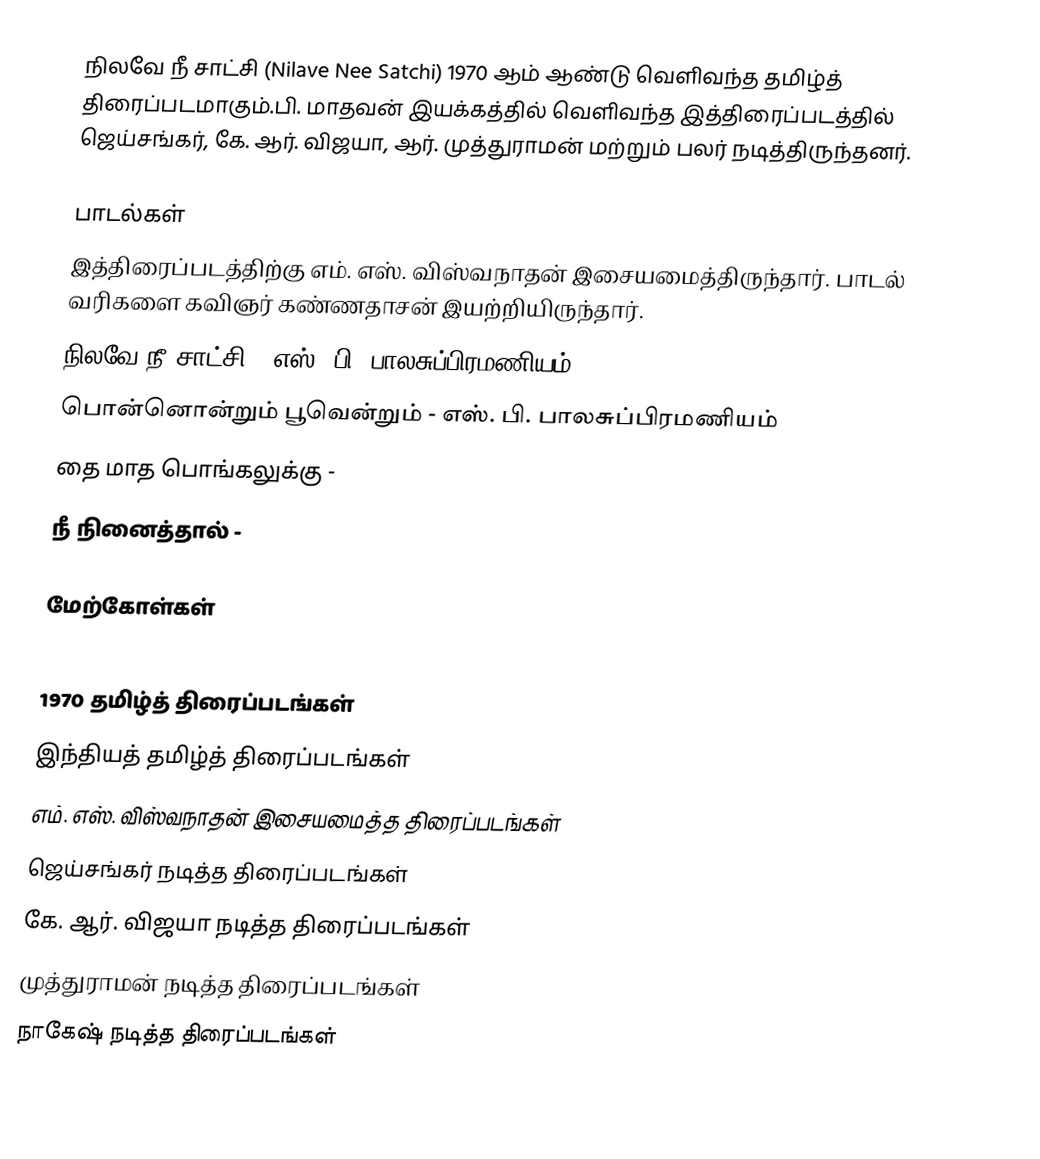
நிலவே நீ சாட்சி (Nilave Nee Satchi) 1970 ஆம் ஆண்டு வெளிவந்த தமிழ்த் திரைப்படமாகும்.பி. மாதவன் இயக்கத்தில் வெளிவந்த இத்திரைப்படத்தில் ஜெய்சங்கர், கே. ஆர். விஜயா, ஆர். முத்துராமன் மற்றும் பலர் நடித்திருந்தனர்.

பாடல்கள்
இத்திரைப்படத்திற்கு எம். எஸ். விஸ்வநாதன் இசையமைத்திருந்தார். பாடல் வரிகளை கவிஞர் கண்ணதாசன் இயற்றியிருந்தார்.
 நிலவே நீ சாட்சி - எஸ். பி. பாலசுப்பிரமணியம்
 பொன்னொன்றும் பூவென்றும் - எஸ். பி. பாலசுப்பிரமணியம்
 தை மாத பொங்கலுக்கு -
 நீ நினைத்தால் -

மேற்கோள்கள்

1970 தமிழ்த் திரைப்படங்கள்
இந்தியத் தமிழ்த் திரைப்படங்கள்
எம். எஸ். விஸ்வநாதன் இசையமைத்த திரைப்படங்கள்
ஜெய்சங்கர் நடித்த திரைப்படங்கள்
கே. ஆர். விஜயா நடித்த திரைப்படங்கள்
முத்துராமன் நடித்த திரைப்படங்கள்
நாகேஷ் நடித்த திரைப்படங்கள்